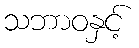
သဘာဝနှင့်